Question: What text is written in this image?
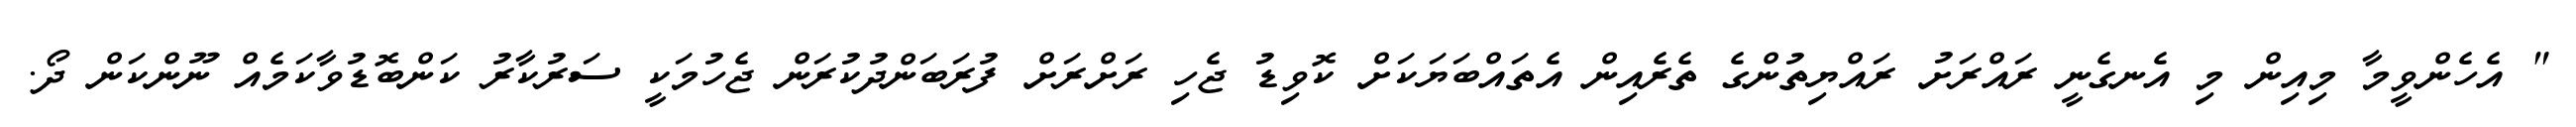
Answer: " އެހެންވީމާ މިއިން މި އެނގެނީ ރައްރަށު ރައްޔިތުންގެ ތެރެއިން އެތައްބަޔަކަށް ކޮވިޑު ޖެހި ރަށްރަށް ފުރަބަންދުކުރަން ޖެހުމަކީ ސަރުކާރު ކަންބޮޑުވާކަމެއް ނޫންކަން ދޯ.